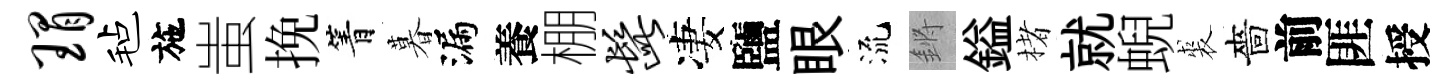
瑁毡施蚩挽箐暮漏養棚髭凄鹽眼流鏘鎰楮就蜺裘嗇前匪授